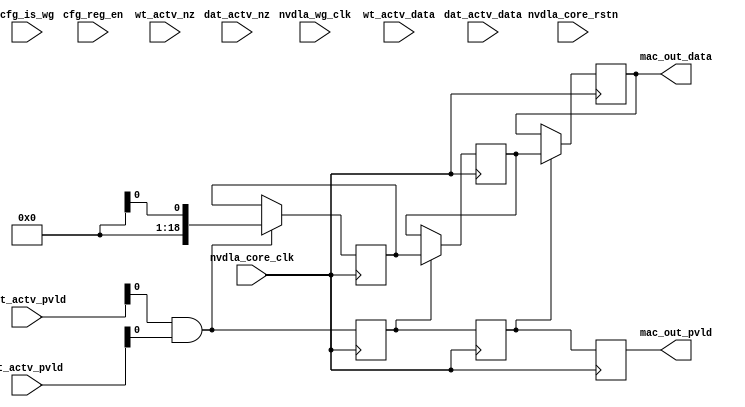
module mac_unit (
   nvdla_core_clk
  ,nvdla_wg_clk 
  ,nvdla_core_rstn
  ,cfg_is_wg 
  ,cfg_reg_en 
  ,dat_actv_data
  ,dat_actv_nz 
  ,dat_actv_pvld
  ,wt_actv_data
  ,wt_actv_nz 
  ,wt_actv_pvld 
  ,mac_out_data 
  ,mac_out_pvld 
  );
input nvdla_core_clk;
input nvdla_wg_clk;
input nvdla_core_rstn;
input cfg_is_wg;
input cfg_reg_en;
input [8*8 -1:0] dat_actv_data;
input [8 -1:0] dat_actv_nz;
input [8 -1:0] dat_actv_pvld;
input [8*8 -1:0] wt_actv_data;
input [8 -1:0] wt_actv_nz;
input [8 -1:0] wt_actv_pvld;
output [19 -1:0] mac_out_data;
output mac_out_pvld;

wire [8-1:0] wt_actv_data0 = wt_actv_data[7:0];
wire [8-1:0] dat_actv_data0 = dat_actv_data[7:0];
wire wt_actv_nz0 = wt_actv_nz[0];
wire dat_actv_nz0 = dat_actv_nz[0];

wire [8-1:0] wt_actv_data1 = wt_actv_data[15:8];
wire [8-1:0] dat_actv_data1 = dat_actv_data[15:8];
wire wt_actv_nz1 = wt_actv_nz[1];
wire dat_actv_nz1 = dat_actv_nz[1];

wire [8-1:0] wt_actv_data2 = wt_actv_data[23:16];
wire [8-1:0] dat_actv_data2 = dat_actv_data[23:16];
wire wt_actv_nz2 = wt_actv_nz[2];
wire dat_actv_nz2 = dat_actv_nz[2];

wire [8-1:0] wt_actv_data3 = wt_actv_data[31:24];
wire [8-1:0] dat_actv_data3 = dat_actv_data[31:24];
wire wt_actv_nz3 = wt_actv_nz[3];
wire dat_actv_nz3 = dat_actv_nz[3];

wire [8-1:0] wt_actv_data4 = wt_actv_data[39:32];
wire [8-1:0] dat_actv_data4 = dat_actv_data[39:32];
wire wt_actv_nz4 = wt_actv_nz[4];
wire dat_actv_nz4 = dat_actv_nz[4];

wire [8-1:0] wt_actv_data5 = wt_actv_data[47:40];
wire [8-1:0] dat_actv_data5 = dat_actv_data[47:40];
wire wt_actv_nz5 = wt_actv_nz[5];
wire dat_actv_nz5 = dat_actv_nz[5];

wire [8-1:0] wt_actv_data6 = wt_actv_data[55:48];
wire [8-1:0] dat_actv_data6 = dat_actv_data[55:48];
wire wt_actv_nz6 = wt_actv_nz[6];
wire dat_actv_nz6 = dat_actv_nz[6];

wire [8-1:0] wt_actv_data7 = wt_actv_data[63:56];
wire [8-1:0] dat_actv_data7 = dat_actv_data[63:56];
wire wt_actv_nz7 = wt_actv_nz[7];
wire dat_actv_nz7 = dat_actv_nz[7];


`ifdef DESIGNWARE_NOEXIST
wire signed [19 -1:0] sum_out;
wire [8 -1:0] op_out_pvld;

assign op_out_pvld[0] = wt_actv_pvld[0] & dat_actv_pvld[0] & wt_actv_nz0 & dat_actv_nz0;
wire signed [18-1:0] mout_0;
mul_unit u_mul_0 (
  .a                  (wt_actv_data0)   //|< r
  ,.b                 (dat_actv_data0)  //|< r
  ,.out               (mout_0[15:0])     //|> w
  );
assign op_out_pvld[1] = wt_actv_pvld[1] & dat_actv_pvld[1] & wt_actv_nz1 & dat_actv_nz1;
wire signed [18-1:0] mout_1;
mul_unit u_mul_1 (
  .a                  (wt_actv_data1)   //|< r
  ,.b                 (dat_actv_data1)  //|< r
  ,.out               (mout_1[15:0])     //|> w
  );
assign op_out_pvld[2] = wt_actv_pvld[2] & dat_actv_pvld[2] & wt_actv_nz2 & dat_actv_nz2;
wire signed [18-1:0] mout_2;
mul_unit u_mul_2 (
  .a                  (wt_actv_data2)   //|< r
  ,.b                 (dat_actv_data2)  //|< r
  ,.out               (mout_2[15:0])     //|> w
  );

assign op_out_pvld[3] = wt_actv_pvld[3] & dat_actv_pvld[3] & wt_actv_nz3 & dat_actv_nz3;
wire signed [18-1:0] mout_3;
mul_unit u_mul_3 (
  .a                  (wt_actv_data3)   //|< r
  ,.b                 (dat_actv_data3)  //|< r
  ,.out               (mout_3[15:0])     //|> w
  );
assign op_out_pvld[4] = wt_actv_pvld[4] & dat_actv_pvld[4] & wt_actv_nz4 & dat_actv_nz4;
wire signed [18-1:0] mout_4;
mul_unit u_mul_4 (
  .a                  (wt_actv_data4)   //|< r
  ,.b                 (dat_actv_data4)  //|< r
  ,.out               (mout_4[15:0])     //|> w
  );
assign op_out_pvld[5] = wt_actv_pvld[5] & dat_actv_pvld[5] & wt_actv_nz5 & dat_actv_nz5;
wire signed [18-1:0] mout_5;
mul_unit u_mul_5 (
  .a                  (wt_actv_data5)   //|< r
  ,.b                 (dat_actv_data5)  //|< r
  ,.out               (mout_5[15:0])     //|> w
  );

assign op_out_pvld[6] = wt_actv_pvld[6] & dat_actv_pvld[6] & wt_actv_nz6 & dat_actv_nz6;
wire signed [18-1:0] mout_6;
mul_unit u_mul_6 (
  .a                  (wt_actv_data6)   //|< r
  ,.b                 (dat_actv_data6)  //|< r
  ,.out               (mout_6[15:0])     //|> w
  );

assign op_out_pvld[7] = wt_actv_pvld[7] & dat_actv_pvld[7] & wt_actv_nz7 & dat_actv_nz7;
wire signed [18-1:0] mout_7;
mul_unit u_mul_7 (
  .a                  (wt_actv_data7)   //|< r
  ,.b                 (dat_actv_data7)  //|< r
  ,.out               (mout_7[15:0])     //|> w
  );

assign sum_out = 
    mout_0
    + mout_1
    + mout_2
    + mout_3
    + mout_4
    + mout_5
    + mout_6
    + mout_7
; 
`endif

//add pipeline for retiming
wire pp_pvld_d0 = (dat_actv_pvld[0] & wt_actv_pvld[0]);
//wire [19 -1:0] sum_out_d0 = $unsigned(sum_out);
wire [19 -1:0] sum_out_d0 = sum_out;
//: my $rwidth = 19;
//: my $rr=3;
//: &eperl::retime("-stage ${rr} -o sum_out_dd -i sum_out_d0 -cg_en_i pp_pvld_d0 -cg_en_o pp_pvld_dd -cg_en_rtm -wid $rwidth");
//| eperl: generated_beg (DO NOT EDIT BELOW)
reg [19-1:0] sum_out_d0_d1;
always @(posedge nvdla_core_clk) begin
    if ((pp_pvld_d0)) begin
        sum_out_d0_d1[19-1:0] <= sum_out_d0[19-1:0];
    end
end

reg pp_pvld_d0_d1;
always @(posedge nvdla_core_clk) begin
    pp_pvld_d0_d1 <= pp_pvld_d0;
end

reg [19-1:0] sum_out_d0_d2;
always @(posedge nvdla_core_clk) begin
    if ((pp_pvld_d0_d1)) begin
        sum_out_d0_d2[19-1:0] <= sum_out_d0_d1[19-1:0];
    end
end

reg pp_pvld_d0_d2;
always @(posedge nvdla_core_clk) begin
    pp_pvld_d0_d2 <= pp_pvld_d0_d1;
end

reg [19-1:0] sum_out_d0_d3;
always @(posedge nvdla_core_clk) begin
    if ((pp_pvld_d0_d2)) begin
        sum_out_d0_d3[19-1:0] <= sum_out_d0_d2[19-1:0];
    end
end

reg pp_pvld_d0_d3;
always @(posedge nvdla_core_clk) begin
    pp_pvld_d0_d3 <= pp_pvld_d0_d2;
end

wire [19-1:0] sum_out_dd;
assign sum_out_dd = sum_out_d0_d3;

wire pp_pvld_dd;
assign pp_pvld_dd = pp_pvld_d0_d3;

assign mac_out_pvld=pp_pvld_dd;
assign mac_out_data=sum_out_dd;
endmodule